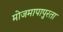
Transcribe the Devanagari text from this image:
मोजमापापुरता